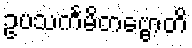
ဥပသင်္ကမိတဗ္ဗောတိ